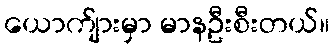
ယောက်ျားမှာ မာနဦးစီးတယ်။